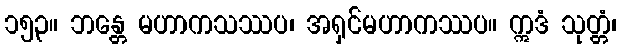
၁၅၃။ ဘန္တေ မဟာကသဿပ၊ အရှင်မဟာကဿပ။ ဣဒံ သုတ္တံ၊